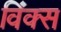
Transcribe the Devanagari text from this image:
विंक्स